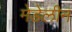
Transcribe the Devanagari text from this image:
मेडेलीन